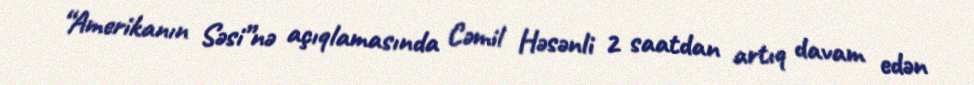
“Amerikanın Səsi”nə açıqlamasında Cəmil Həsənli 2 saatdan artıq davam edən